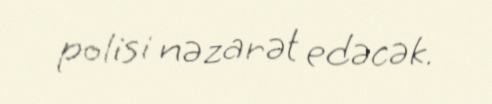
polisi nəzarət edəcək.